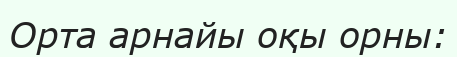
Орта арнайы оқы орны: